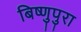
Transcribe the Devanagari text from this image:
बिष्णुपुरा